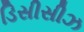
ડિસીસીઝ